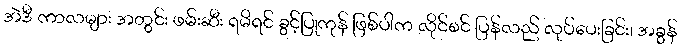
အဲဒီ ကာလများ အတွင်း ဖမ်းဆီး ရမိရင် ခွင့်ပြုကုန် ဖြစ်ပါက လိုင်စင် ပြန်လည် လုပ်ပေးခြင်း၊ အခွန်